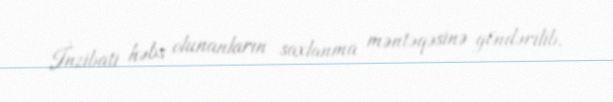
İnzibati həbs olunanların saxlanma məntəqəsinə göndərilib.